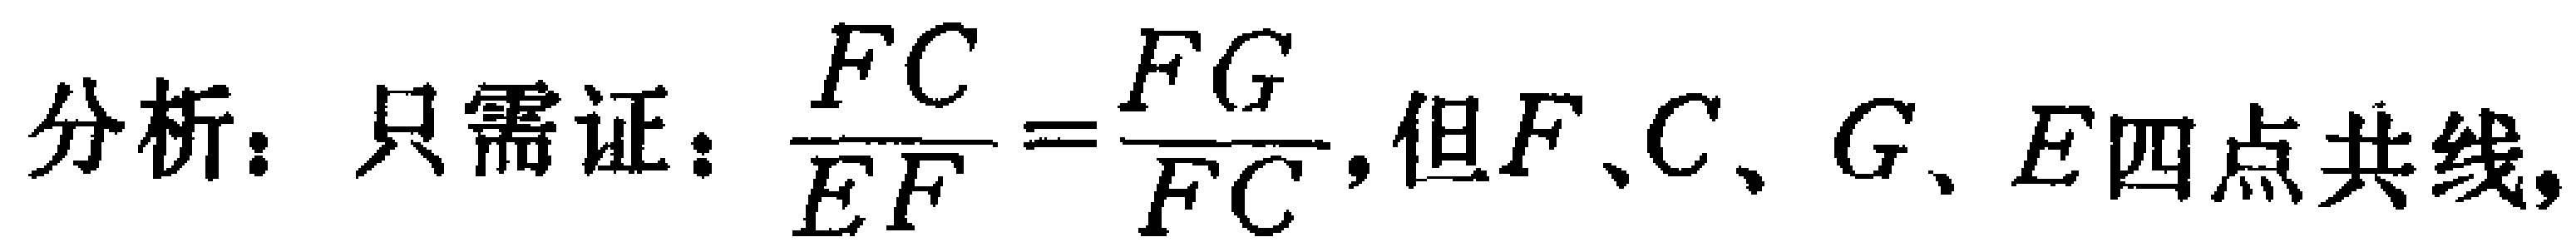
分析：只需证：$\frac{FC}{EF}=\frac{FG}{FC}$，但$F、C、G、E$四点共线，